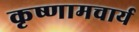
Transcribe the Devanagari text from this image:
कृष्णामचार्य